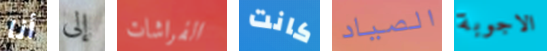
أنا إلى الفراشات كانت الصياد الاجوبة